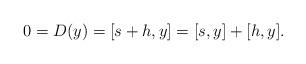
LaTeX: \begin{align*}0 = D(y) = [s+h, y] = [s,y] + [h,y].\end{align*}